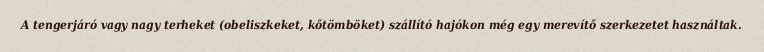
A tengerjáró vagy nagy terheket (obeliszkeket, kőtömböket) szállító hajókon még egy merevítő szerkezetet használtak.